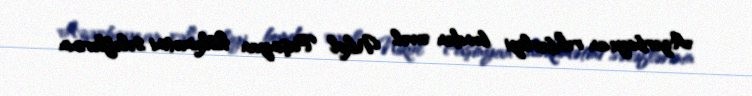
Azərbaycan rəhbərliyi bundan əvvəl Nikol Paşinyan hökumətini sələflərinin